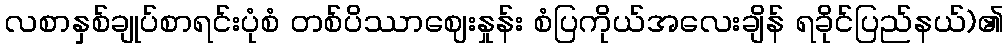
လစာနှစ်ချုပ်စာရင်းပုံစံ တစ်ပိဿာဈေးနှုန်း စံပြကိုယ်အလေးချိန် ရခိုင်ပြည်နယ်)၏